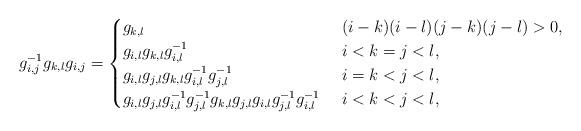
LaTeX: \begin{gather*} g_{i,j}^{-1}g_{k,l}g_{i,j}= \begin{cases}g_{k,l} & \ (i-k)(i-l)(j-k)(j-l) > 0, \\g_{i,l} g_{k,l} g_{i,l}^{-1} & \ i < k=j < l , \\g_{i,l} g_{j,l} g_{k,l} g_{i,l}^{-1} g_{j,l}^{-1} & \ i=k < j < l, \\g_{i,l} g_{j,l} g_{i,l}^{-1} g_{j,l}^{-1} g_{k,l} g_{j,l} g_{i,l} g_{j,l}^{-1} g_{i,l}^{-1} & \ i < k < j < l,\end{cases}\end{gather*}